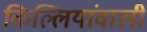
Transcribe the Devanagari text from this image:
किल्लियांवाली